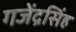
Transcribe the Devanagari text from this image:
गजेंद्रसिंह